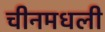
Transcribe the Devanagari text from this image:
चीनमधली